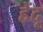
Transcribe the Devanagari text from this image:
हेंदू